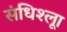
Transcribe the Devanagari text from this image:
संधिश्लूा